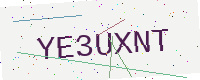
Text: YE3UXNT